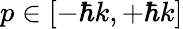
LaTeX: p\in[-\hbar k,+\hbar k]